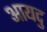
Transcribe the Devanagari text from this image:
आयदु